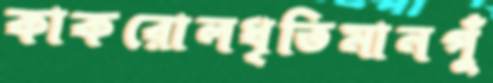
কাকরোলধৃতিমানপুঁ